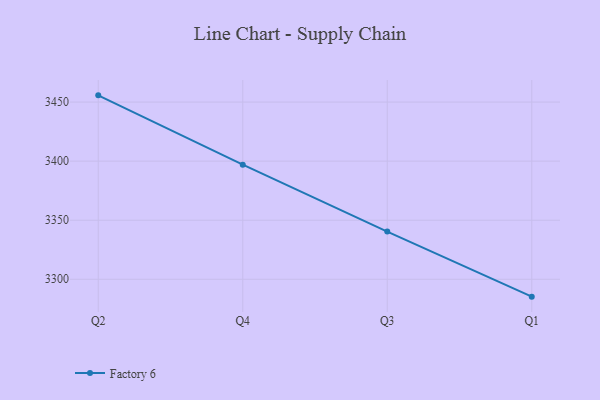
{"axis": {"x": "Quarter", "y": "Production Output"}, "legend": ["Factory 6"], "data": [{"x": "Q2", "y": 3455.7, "type": "Factory 6"}, {"x": "Q4", "y": 3397.0, "type": "Factory 6"}, {"x": "Q3", "y": 3340.4, "type": "Factory 6"}, {"x": "Q1", "y": 3285.3, "type": "Factory 6"}]}